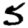
Digit: 5